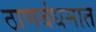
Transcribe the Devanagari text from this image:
ठाणबंधमात